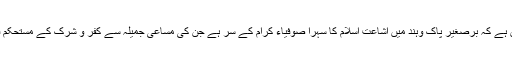
اس بات میں کوئی شک نہیں ہے کہ برصغیر پاک وہند میں اشاعتِ اسلام کا سہرا صوفیاء کرام کے سر ہے جن کی مساعیِ جمیلہ سے کفر و شرک کے مستحکم قلعے نیست و نابود ہو گئے۔